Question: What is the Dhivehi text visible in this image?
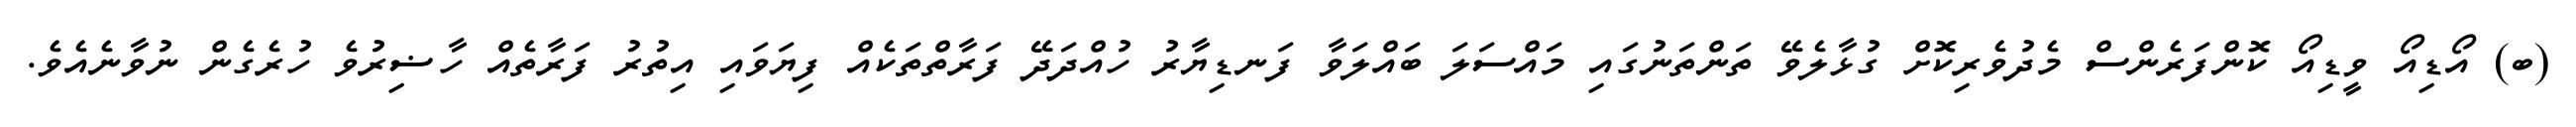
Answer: (ބ) އޯޑިއޯ ވީޑިއޯ ކޮންފަރެންސް މެދުވެރިކޮށް ގުޅާލެވޭ ތަންތަނުގައި މައްސަލަ ބައްލަވާ ފަނޑިޔާރު ހުއްދަދޭ ފަރާތްތަކެއް ފިޔަވައި އިތުރު ފަރާތެއް ހާޟިރުވެ ހުރެގެން ނުވާނެއެވެ.